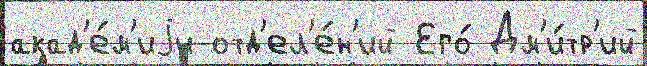
акад'е́м'иjи отд'ел'е́н'ий Его́ Дм'и́тр'ий